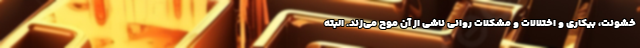
خشونت، بیکاری و اختلالات و مشکلات روانی ناشی از آن موج می‌زند. البته